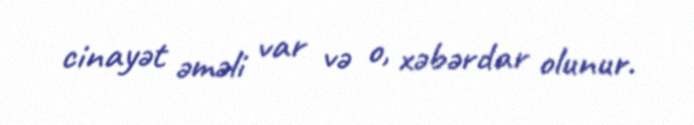
cinayət əməli var və o, xəbərdar olunur.